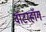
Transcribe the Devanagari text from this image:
वॉटरहॉग